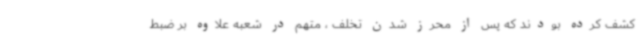
کشف کرده بودند که پس از محرز شدن تخلف ، متهم در شعبه علاوه بر ضبط